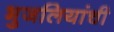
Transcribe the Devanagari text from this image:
भुजलियांची